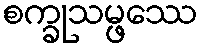
စက္ခုသမ္ဖဿေ